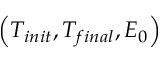
\left( T _ { i n i t } , T _ { f i n a l } , E _ { 0 } \right)